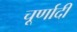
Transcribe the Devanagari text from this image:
चूर्णादी